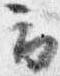
云